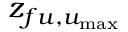
z _ { f u , u _ { \mathrm { m a x } } }